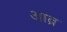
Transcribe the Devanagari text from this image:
आब्र